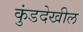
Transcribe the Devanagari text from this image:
कुंडदेखील